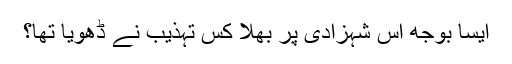
ایسا بوجھ اِس شہزادی پر بھلا کس تہذیب نے ڈھویا تھا؟